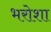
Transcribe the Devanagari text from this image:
भरोशा